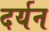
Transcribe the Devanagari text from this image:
दर्यन